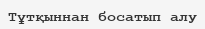
Тұтқыннан босатып алу